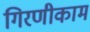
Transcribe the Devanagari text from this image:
गिरणीकाम